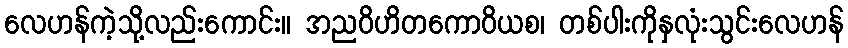
လေဟန်ကဲ့သို့လည်းကောင်း။ အညဝိဟိတကောဝိယစ၊ တစ်ပါးကိုနှလုံးသွင်းလေဟန်